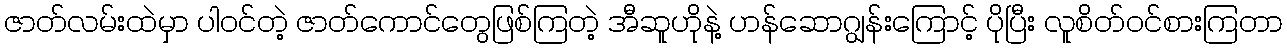
ဇာတ်လမ်းထဲမှာ ပါဝင်တဲ့ ဇာတ်ကောင်တွေဖြစ်ကြတဲ့ အီဆူဟိုနဲ့ ဟန်ဆောဂျွန်းကြောင့် ပိုပြီး လူစိတ်ဝင်စားကြတာ